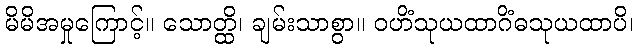
မိမိအမှုကြောင့်။ သောတ္ထိ၊ ချမ်းသာစွာ။ ဝဟိံသုယထာဂိံဓသုယထာပိ၊